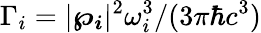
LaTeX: \Gamma_{i}=|\boldsymbol{\wp_{i}}|^{2}\omega_{i}^{3}/(3\pi\hbar c^{3})